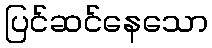
ပြင်ဆင်နေသော